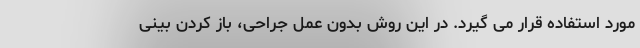
مورد استفاده قرار می گیرد. در این روش بدون عمل جراحی، باز کردن بینی